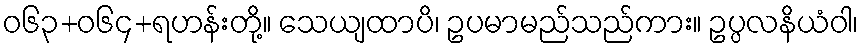
ဝ၆၃+၀၆၄+ရဟန်းတို့။ သေယျထာပိ၊ ဥပမာမည်သည်ကား။ ဥပ္ပလနိယံဝါ၊